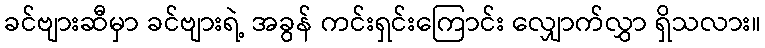
ခင်ဗျားဆီမှာ ခင်ဗျားရဲ့ အခွန် ကင်းရှင်းကြောင်း လျှောက်လွှာ ရှိသလား။